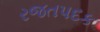
રજતપદક